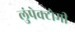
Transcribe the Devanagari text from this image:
लुंपेक्टोमी